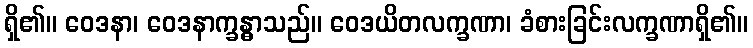
ရှိ၏။ ဝေဒနာ၊ ဝေဒနာက္ခန္ဓာသည်။ ဝေဒယိတလက္ခဏာ၊ ခံစားခြင်းလက္ခဏာရှိ၏။